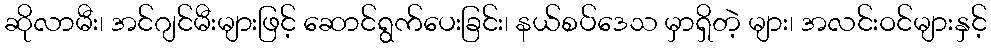
ဆိုလာမီး၊ အင်ဂျင်မီးများဖြင့် ဆောင်ရွက်ပေးခြင်း၊ နယ်စပ်ဒေသ မှာရှိတဲ့ များ၊ အလင်းဝင်များနှင့်